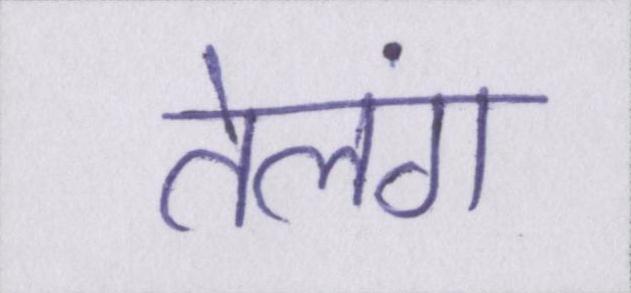
तेलंग